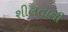
શીલતાની